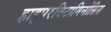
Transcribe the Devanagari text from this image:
हाइपरविटामिनोसिस